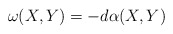
\begin{align*}\omega(X,Y)=-d\alpha(X,Y)\end{align*}